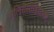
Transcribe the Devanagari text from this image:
ग्लिरीसीडियाची